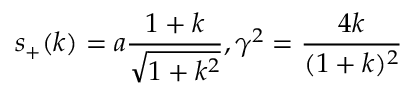
s _ { + } ( k ) = a \frac { 1 + k } { \sqrt { 1 + k ^ { 2 } } } , \gamma ^ { 2 } = \frac { 4 k } { ( 1 + k ) ^ { 2 } }